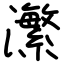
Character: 瀿